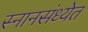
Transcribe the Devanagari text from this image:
स्नानसंध्येत